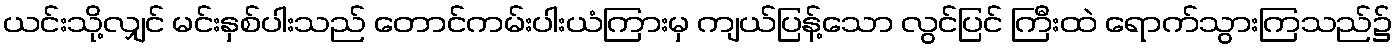
ယင်းသို့လျှင် မင်းနှစ်ပါးသည် တောင်ကမ်းပါးယံကြားမှ ကျယ်ပြန့်သော လွင်ပြင် ကြီးထဲ ရောက်သွားကြသည်၌